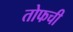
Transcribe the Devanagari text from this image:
तोफची